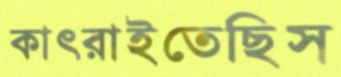
কাৎরাইতেছিস